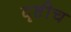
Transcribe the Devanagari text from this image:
दृष्टीच